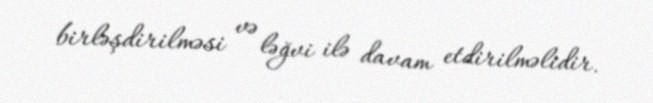
birləşdirilməsi və ləğvi ilə davam etdirilməlidir.